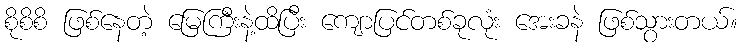
စိုစိစိ ဖြစ်နေတဲ့ မြေကြီးနဲ့ထိပြီး ကျောပြင်တစ်ခုလုံး အေးခနဲ ဖြစ်သွားတယ်။